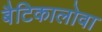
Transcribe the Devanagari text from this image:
बैटिकालोवा